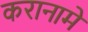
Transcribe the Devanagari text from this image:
करानामे